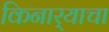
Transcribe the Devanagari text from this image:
किनार्‍याचा